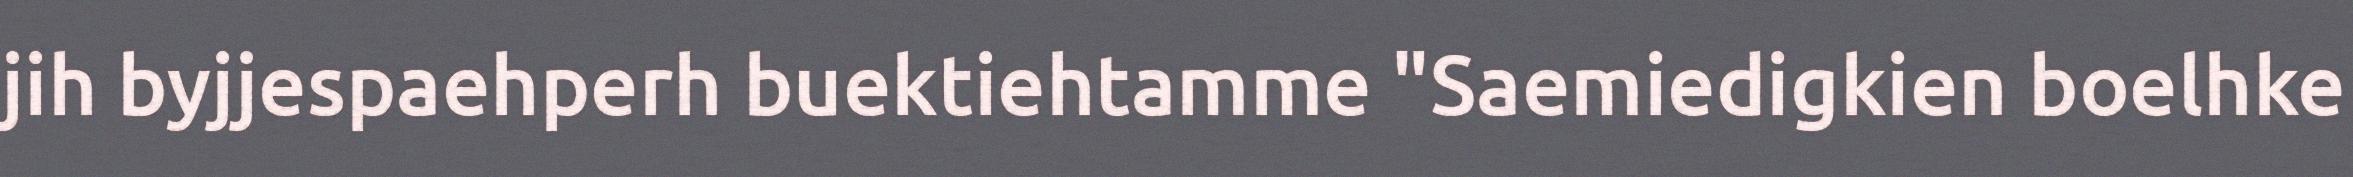
jih byjjespaehperh buektiehtamme "Saemiedigkien boelhke